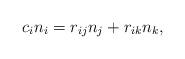
LaTeX: \begin{align*}c_i n_i = r_{ij} n_j + r_{ik} n_k,\end{align*}